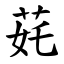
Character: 䒲